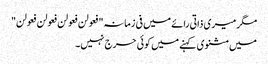
مگر میری ذاتی رائے میں فی زمانہ"فعولن فعولن فعولن فعولن"
میں مثنوی کہنے میں کوئی حرج نہیں۔